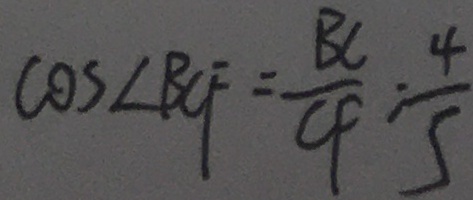
\cos \angle B C F = \frac { B C } { C F } = \frac { 4 } { 5 }